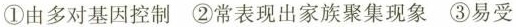
①由多对基因控制 ②常表现出家族聚集现象 ③易受